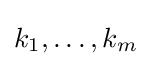
k_{1},\ldots ,k_{m}